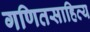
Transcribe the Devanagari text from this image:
गणितसाहित्य